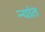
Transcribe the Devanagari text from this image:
न्यांत